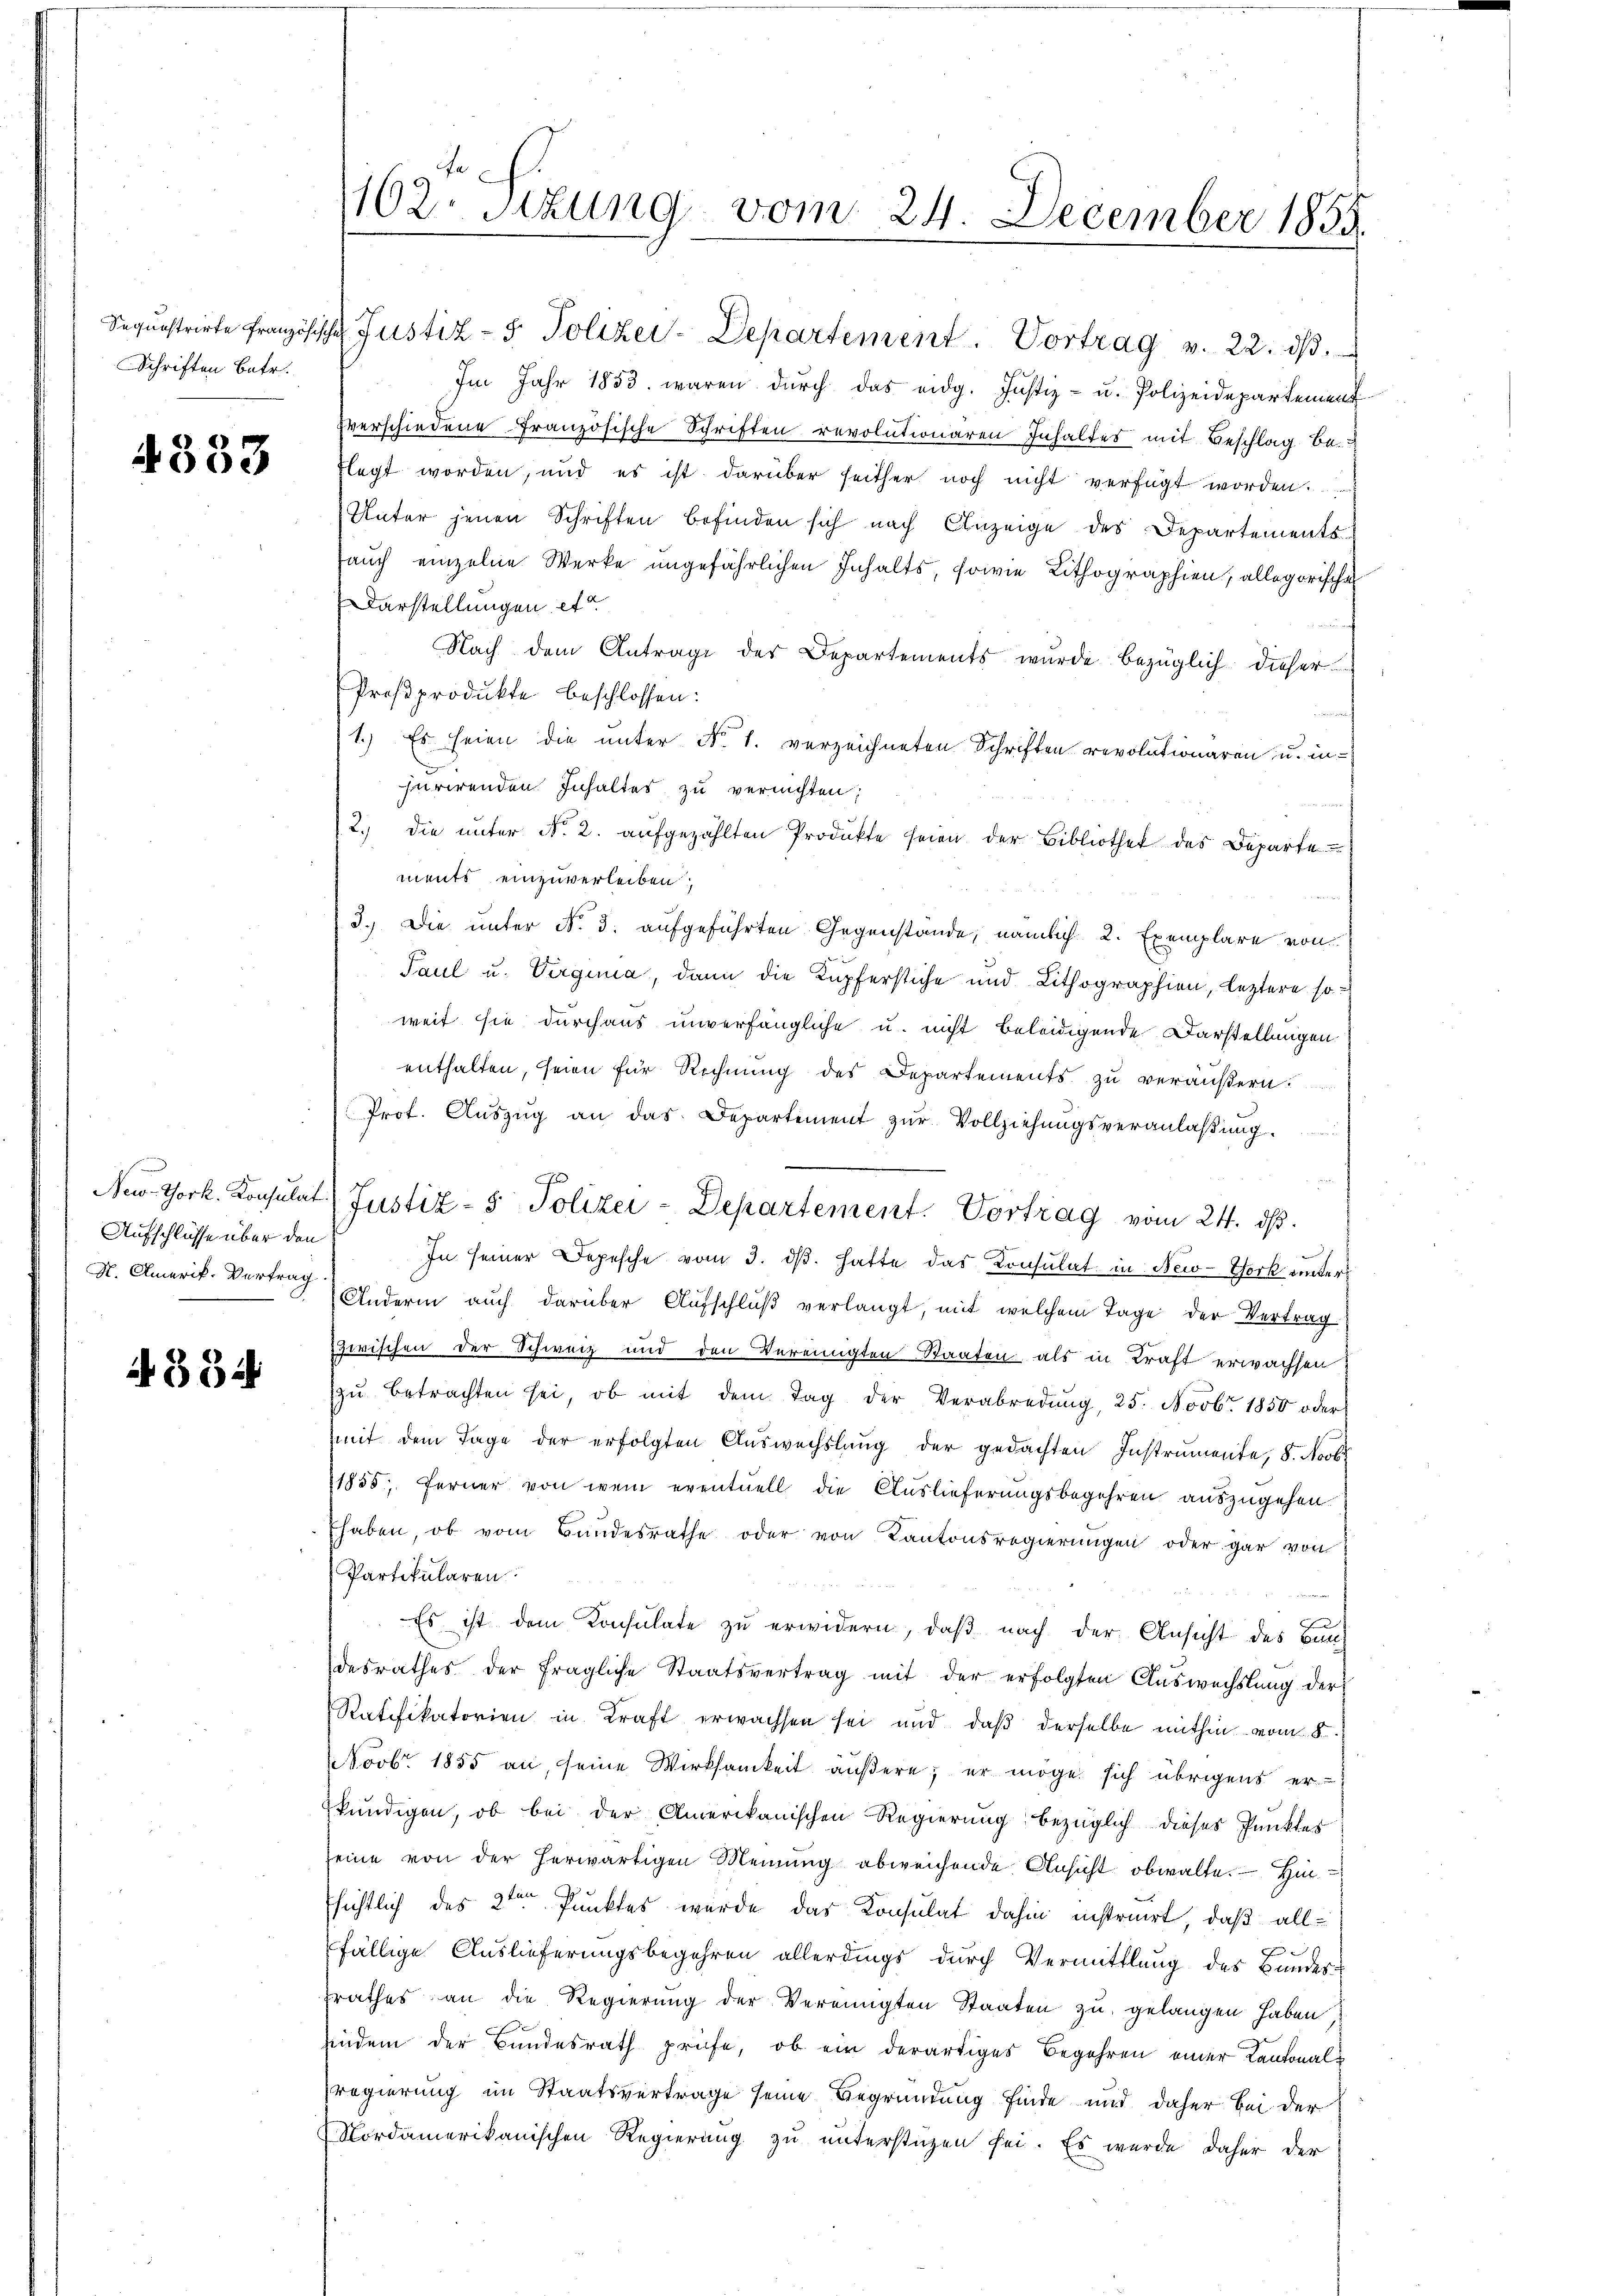
Schriften Betr.

4333

Aufschlüsse über den
N. Amerik. Vertrag

A 334

162 sizung vom 24. December 1855.

Sequestrirte Französische Justiz- & Polizei-Departement. Vortrag v. 22. dβ.
Im Jahr 1853. waren durch das eidg. Justiz- u. Polizeidepartement
verschiedene Französische Schriften revolutionären Inhaltes mit Beschlag be-
Flegt worden, und es ist darüber seither noch nicht verfügt worden.
Unter jenen Schriften befinden sich nach Anzeige des Departementsauch einzelne Werke ungefährlichen Inhalts, sowie Lithographien, allegorische
Darstellungen et
Nach dem Antrage der Departements wurde bezüglich dieser
Proßprodukte beschlossen:
1.) Es seien die unter No. 1. verzeichneten Schriften revolutionaren u. in-
fürirenden. Inhaltes zu vernichten;
2.) die ŭnter No. 2. aŭfgezählten Produkte seien der Bibliothek des Departe
ments einzuverleiben,
3.) Die unter N. 3. aufgeführten Gegenstände, nämlich 2. Exemplare von
Paul u. Virgina, dann die Kupferstiche und Lithographien, leztere so
weit sie durchaus unverfängliche u. nicht beleidigende Darstellungen
enthalten, seien für Rechnung des Departements zu veräußern.
Prot. Aŭszŭg an das Departement zŭr Vollziehŭngsveranlaβŭng.
New York. Konsulat (Justiz- & Polizei-Departement. Vortrag vom 24. ds.
In seiner Depesche vom 3. dβ. hatte das Konsulat in New-York unter¬
Andern auch darüber Aufschlŭβ verlangt, mit welchem Tage der Vertrag
zwischen der Schweiz und den Vereinigten Staaten als in Kraft erwachsen
zŭ betrachten sei, ob mit dem Tag der Verabredung, 25. Novbr. 1850 oder
mit dem Tage der erfolgten Auswechslung der gedachten Instrumente, 8. Novbr
1855; ferner von wem eventuell die Auslieferungsbegehren auszugehen.
Ehaben, ob vom Bundesrathe oder von Kantonsregierungen oder gar von
Partikularen.
Es ist dem Konsulate zu erwidern, daß nach der Ansicht des Bundesrathes der fragliche Staatsvertrag mit der erfolgten Auswechslung der
Ratifikatorien in Kraft erwachsen sei und daß derselbe mithin vom 8.
Novbr. 1855 an, seine Wirksamkeit äußere; er möge sich übrigens er-
kundigen, ob bei der Amerikanischen Regierung bezüglich dieses Punktes
seine von der herwärtigen Meinung abweichende Ansicht obwalte. — Hin
sichtlich des 2ten Punktes wurde das Konsulat dahin instruirt, daß allfällige Auslieferungsbegehren allerdings durch Vermittlung des Bunder-
srathes an die Regierung der Vereinigten Staaten zu gelangen haben,
findem der Bundesrath prüfe, ob ein derartiges Begehren einer Kantonalregierung im Staatsvertrage seine Begründung finde und daher bei der
Nordamerikanischen Regierung zŭ ŭnterstüzen sei. Es wurde daher der